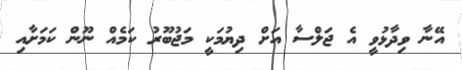
އޭނާ ވިދާޅުވީ އެ ޖަލްސާ އަށް ދިޔުމަކީ މަޖުބޫރު ކަމެއް ނޫން ކަމަށާއި